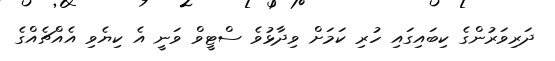
ދަރިވަރުންގެ ކިބައިގައި ހުރި ކަމަށް ވިދާޅުވެ ސްޓީވް ވަނީ އެ ކިޔެވި އެއްޗެއްގެ